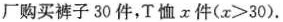
厂购买裤子30件，T恤x件(x>30).